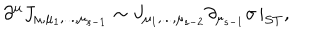
\partial ^ { \mu } J _ { \mu , \mu _ { 1 } , . . . , \mu _ { s - 1 } } \sim J _ { \mu _ { 1 } , . . . , \mu _ { s - 2 } } \partial _ { \mu _ { s - 1 } } \sigma \, | _ { S T } ,